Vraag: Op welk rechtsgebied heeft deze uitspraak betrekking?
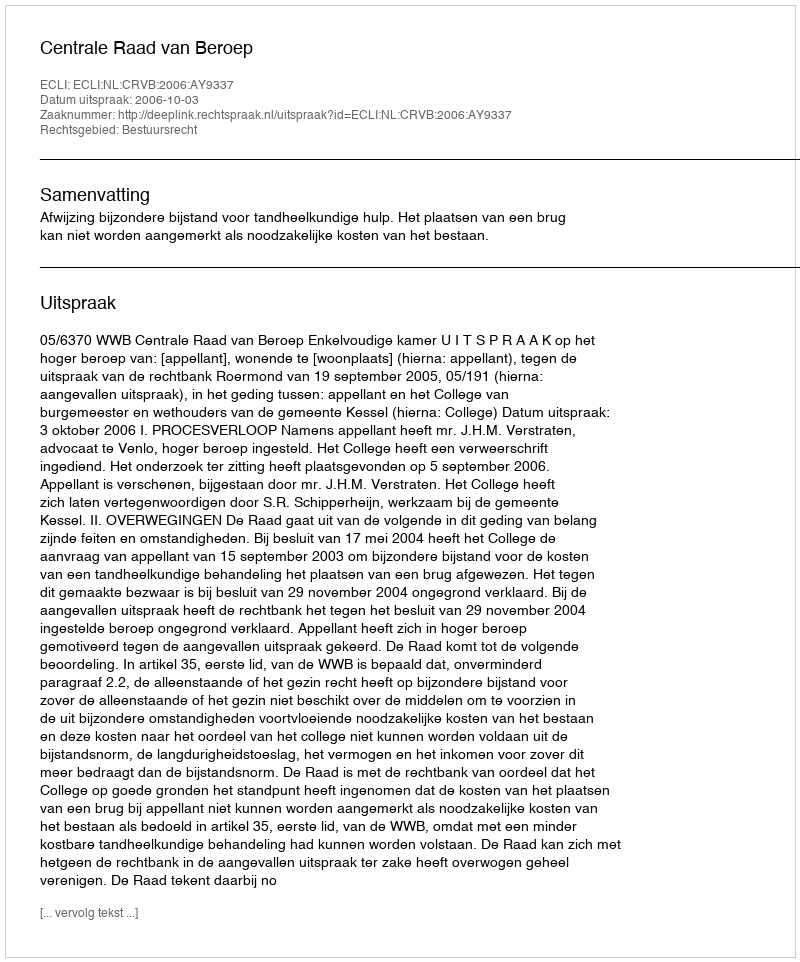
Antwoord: Bestuursrecht